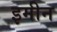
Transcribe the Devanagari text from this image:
इमीन